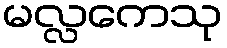
မလ္လကေသု